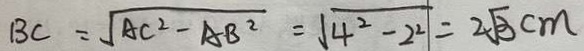
B C = \sqrt { A C ^ { 2 } - A B ^ { 2 } } = \sqrt { 4 ^ { 2 } - 2 ^ { 2 } } = 2 \sqrt { 3 } c m